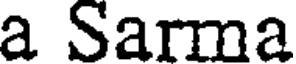
a Sarma